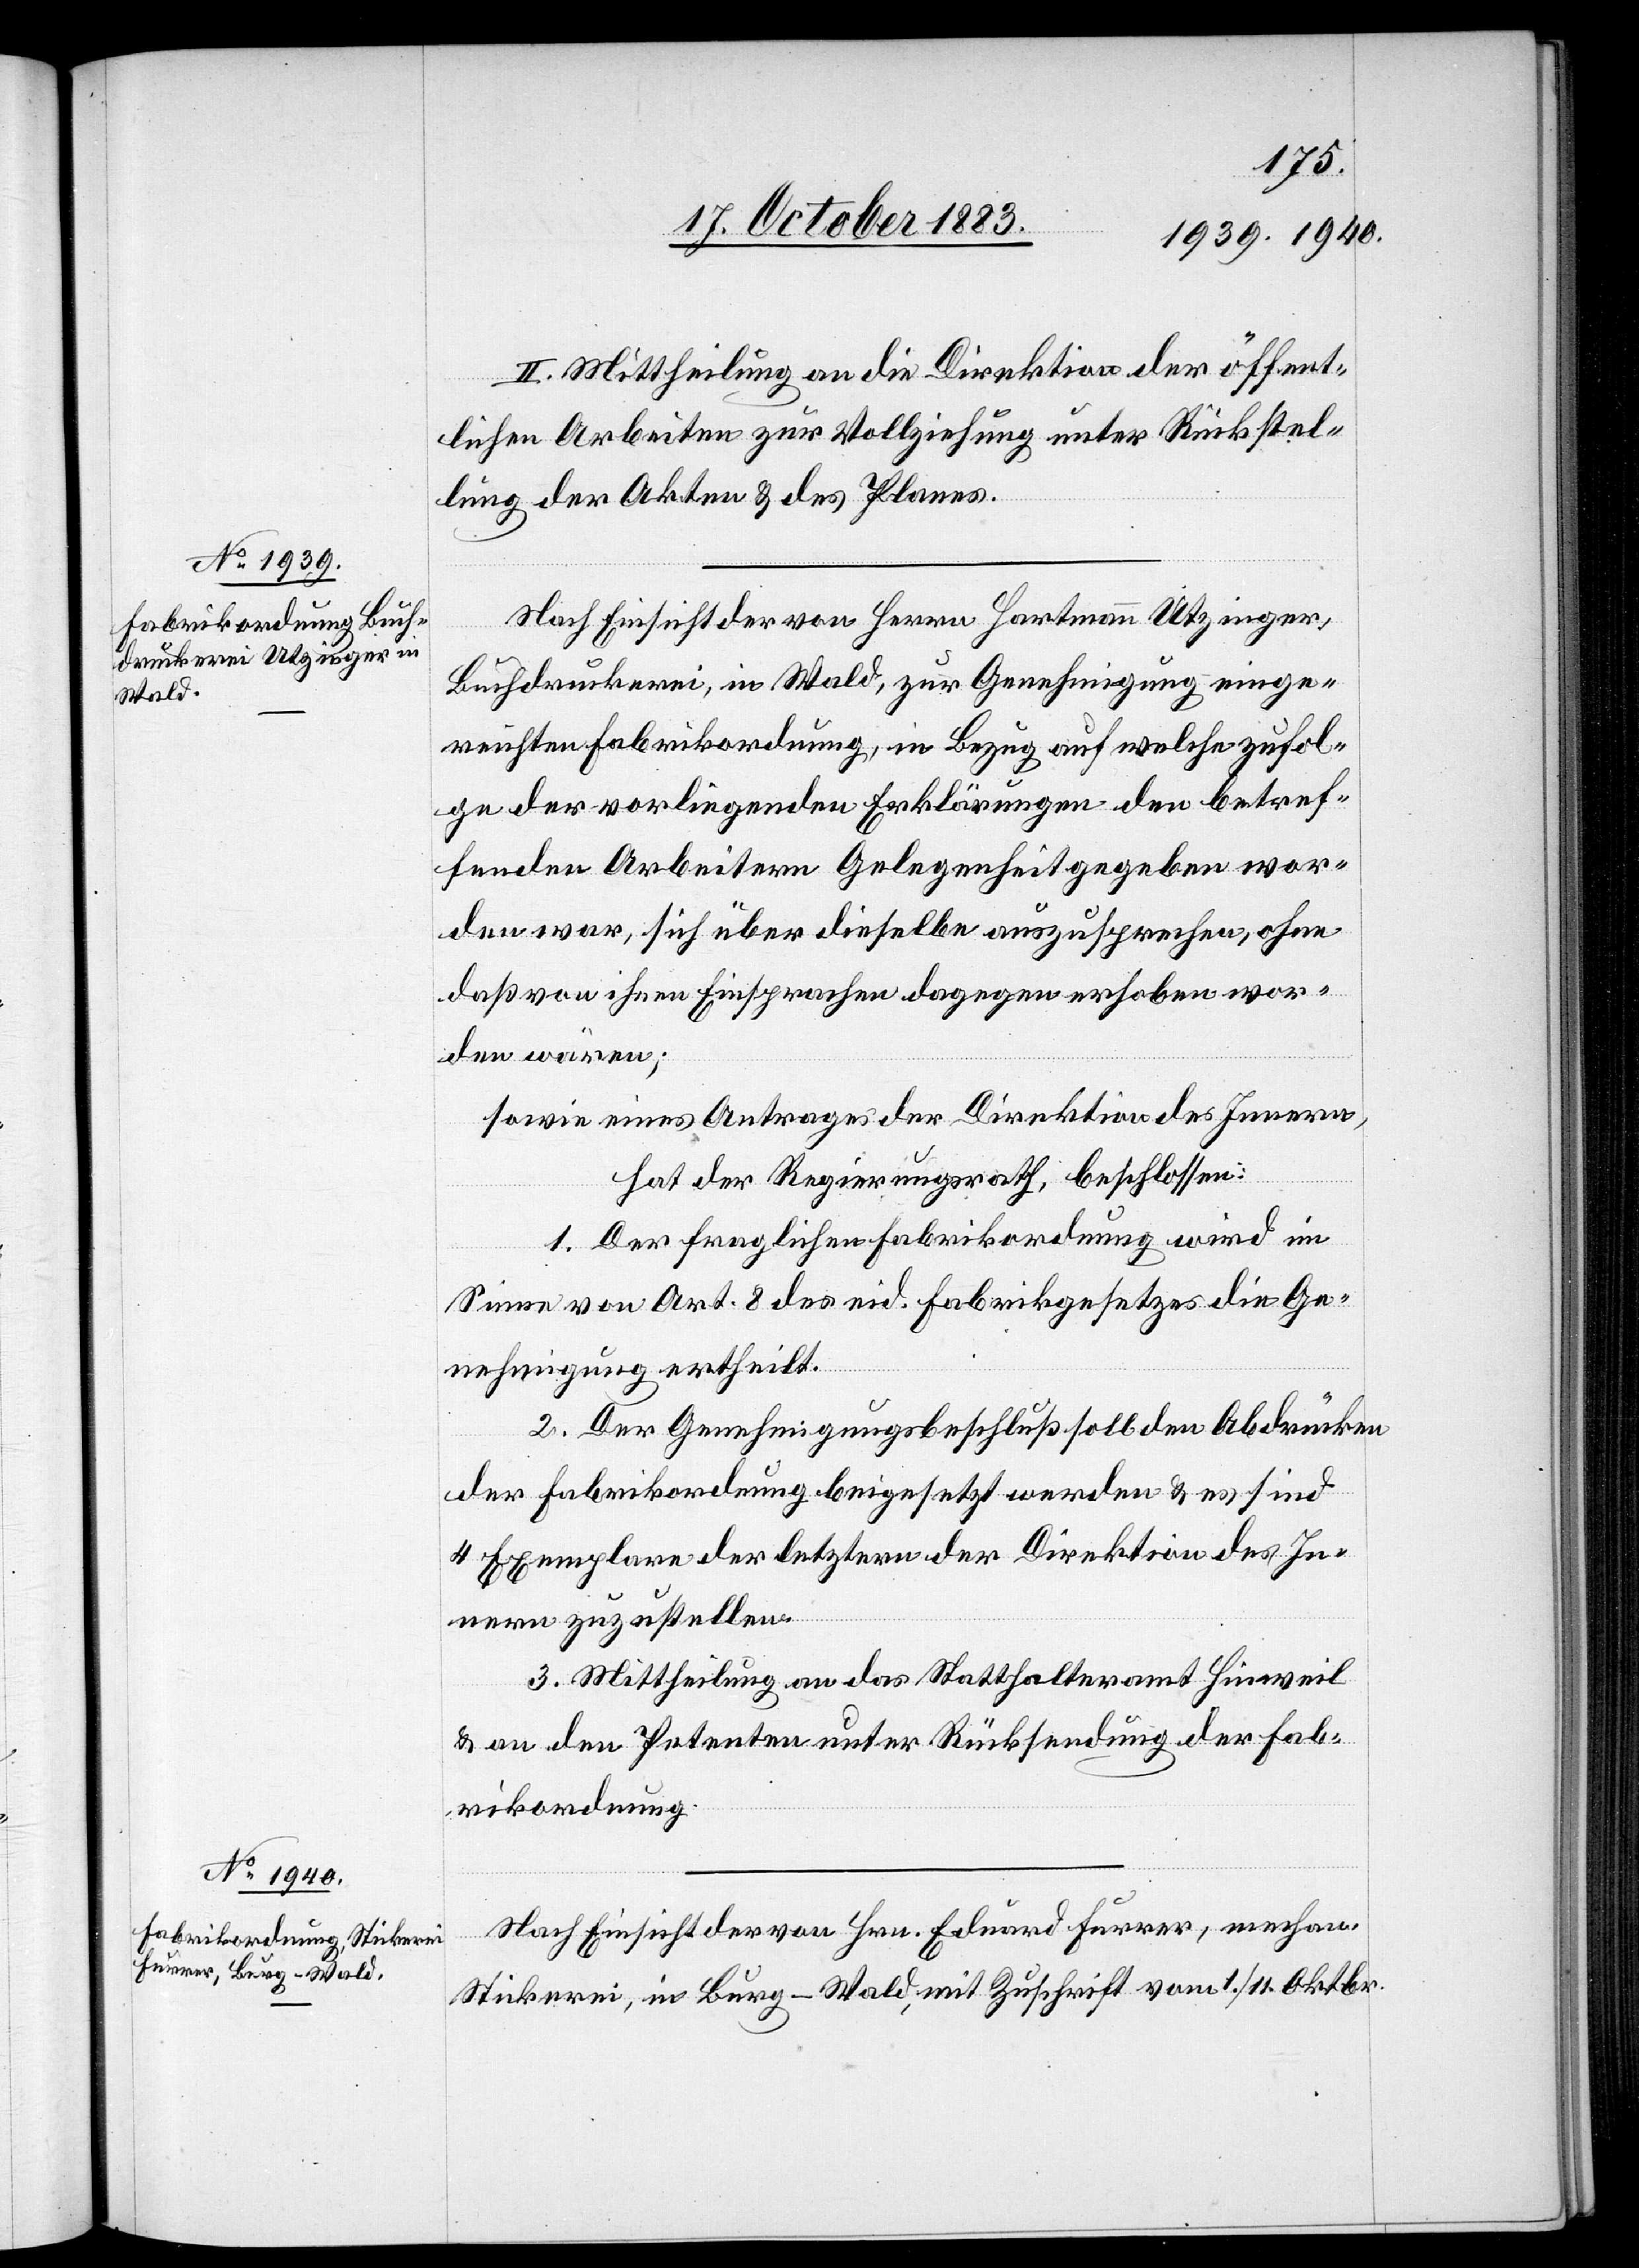
II. Mittheilung an die Direktion der öffent¬
lichen Arbeiten zur Vollziehung unter Rückstel¬
lung der Akten & des Planes.
Nach Einsicht der von Herrn Hartmann Utzinger,
Buchdruckerei, in Wald, zur Genehmigung einge¬
reichten Fabrikordnung, in Bezug auf welche zufol¬
ge der vorliegenden Erklärungen den betref¬
fenden Arbeitern Gelegenheit gegeben wor¬
den war, sich über dieselbe auszusprechen, ohne
daß von ihnen Einsprachen dagegen erhoben wor¬
den wären;
sowie eines Antrages der Direktion des Innern,
1. Der fraglichen Fabrikordnung wird im
Sinne von Art. 8 des eid. Fabrikgesetzes die Ge¬
nehmigung ertheilt.
2. Der Genehmigungsbeschluß soll den Abdrücken
der Fabrikordnung beigesetzt werden & es sind
4 Exemplare der letztern der Direktion des In¬
nern zuzustellen.
3. Mittheilung an das Statthalteramt Hinweil
& an den Petenten unter Rücksendung der Fab¬
rikordnung.
Nach Einsicht der von Hrn. Eduard Furrer, mechan.
Stickerei, in Burg - Wald, mit Zuschrift vom 1./11. Oktbr.